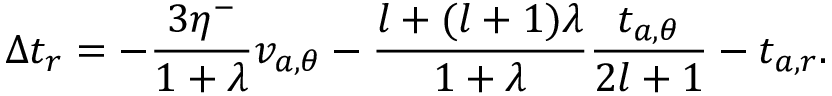
\Delta t _ { r } = - \frac { 3 \eta ^ { - } } { 1 + \lambda } v _ { a , \theta } - \frac { l + ( l + 1 ) \lambda } { 1 + \lambda } \frac { t _ { a , \theta } } { 2 l + 1 } - t _ { a , r } .